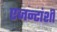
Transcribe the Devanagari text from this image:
एजन्टांशी